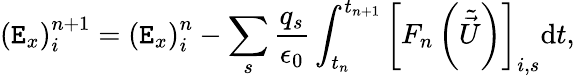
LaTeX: \left(\mathtt{E}_{x}\right)_{i}^{n+1}=\left(\mathtt{E}_{x}\right)_{i}^{n}-\sum_{s}\frac{{q_{s}}}{{\epsilon_{0}}}\int_{t_{n}}^{t_{n+1}}\left[F_{n}\left(\tilde{{\vec{{U}}}}\right)\right]_{i,s}\mathrm{{d}}t,